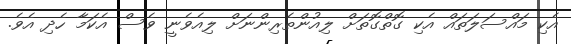
އެކި މައްސަލަތައް އެކި ގޮތްގޮތަށް ލިއުންތެރިންނަށް ލިއެވެނީ ވެސް އެކަމާ ހެދި އެވެ.